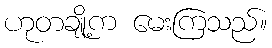
ဟုတချို့က မေးကြသည်။